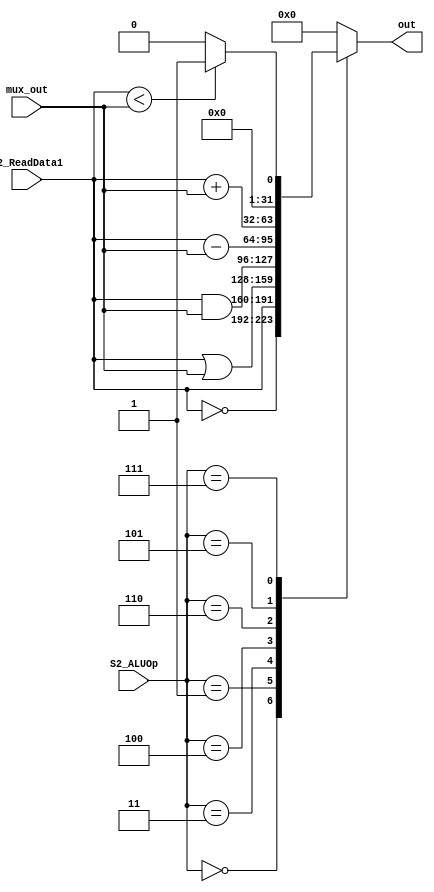
`timescale 1ns / 1ps
//////////////////////////////////////////////////////////////////////////////////
// Company: 
// Engineer: 
// 
// Design Name: 
// Module Name: ALU
// Project Name: 
// Target Devices: 
// Tool Versions: 
// Description: 
// 
// Dependencies: 
// 
// Revision:
// Revision 0.01 - File Created
// Additional Comments:
// 
//////////////////////////////////////////////////////////////////////////////////


module ALU(out, mux_out, S2_ReadData1, S2_ALUOp);
input [31:0]mux_out, S2_ReadData1;
input[2:0]S2_ALUOp;
output reg [31:0]out;

always @(S2_ALUOp, mux_out, S2_ReadData1)
begin
	case(S2_ALUOp)
	3'b000: out <= ~S2_ReadData1;// not
	3'b001: out <= S2_ReadData1; // mov
	3'b011: out <= S2_ReadData1 | mux_out;//or
	3'b100: out <= S2_ReadData1 & mux_out;//and
	3'b110: out <= S2_ReadData1 - mux_out;//sub
	3'b101: out <= S2_ReadData1 + mux_out;//add
	3'b111: begin//slt
				if(S2_ReadData1 < mux_out)
				out <= 1;
				else
				out <= 0;
				end
	default: out <= 0;
	endcase
end
	


endmodule